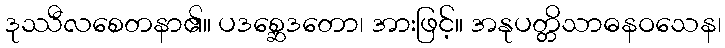
ဒုဿီလစေတနာ၏။ ပဒစ္ဆေဒတော၊ အားဖြင့်။ အနုပတ္တိသာဓနဝသေန၊